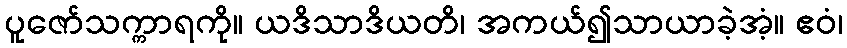
ပူဇော်သက္ကာရကို။ ယဒိသာဒိယတိ၊ အကယ်၍သာယာခဲ့အံ့။ ဧဝံ၊